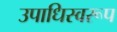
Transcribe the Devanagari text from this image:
उपाधिस्वरूप